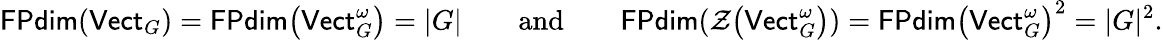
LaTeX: \mathsf{FPdim}(\mathsf{Vect}_{G})=\mathsf{FPdim}\big(\mathsf{Vect}_{G}^{\omega}\big)=|G|\qquad\mathrm{and}\qquad\mathsf{FPdim}(\mathcal{Z}\big(\mathsf{Vect}_{G}^{\omega}\big))=\mathsf{FPdim}\big(\mathsf{Vect}_{G}^{\omega}\big)^{2}=|G|^{2}.